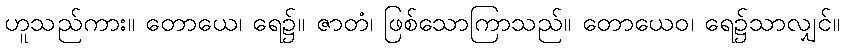
ဟူသည်ကား။ တောယေ၊ ရေ၌။ ဇာတံ၊ ဖြစ်သောကြာသည်။ တောယေဝ၊ ရေ၌သာလျှင်။